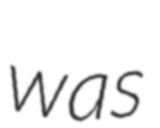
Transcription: was